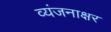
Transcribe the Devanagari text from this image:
व्यंजनाक्षर